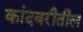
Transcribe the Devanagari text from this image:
कांदबरीतील